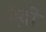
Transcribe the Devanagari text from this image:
कै़दी